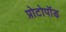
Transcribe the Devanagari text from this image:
प्रोटोपॉड